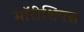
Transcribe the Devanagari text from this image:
मॉरीशियस